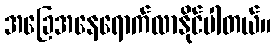
အခြေအနေရောက်လာနိုင်ပါတယ်။